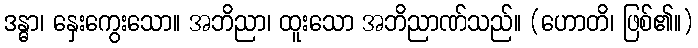
ဒန္ဓာ၊ နှေးကွေးသော။ အဘိညာ၊ ထူးသော အဘိညာဏ်သည်။ (ဟောတိ၊ ဖြစ်၏။)